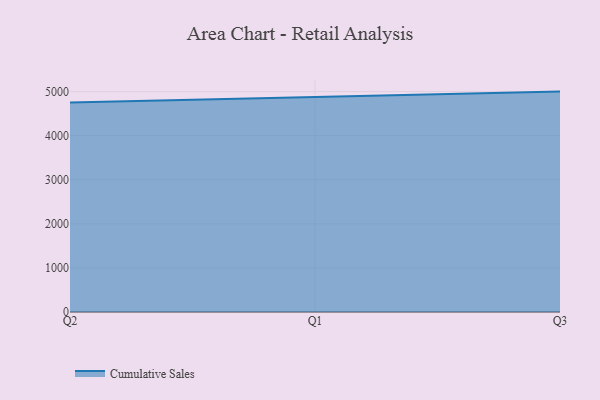
{"axis": {"x": "Quarter", "y": "Headcount"}, "legend": ["Cumulative Sales"], "data": [{"x": "Q2", "y": 4750.7, "type": "Cumulative Sales"}, {"x": "Q1", "y": 4877.6, "type": "Cumulative Sales"}, {"x": "Q3", "y": 5000, "type": "Cumulative Sales"}]}